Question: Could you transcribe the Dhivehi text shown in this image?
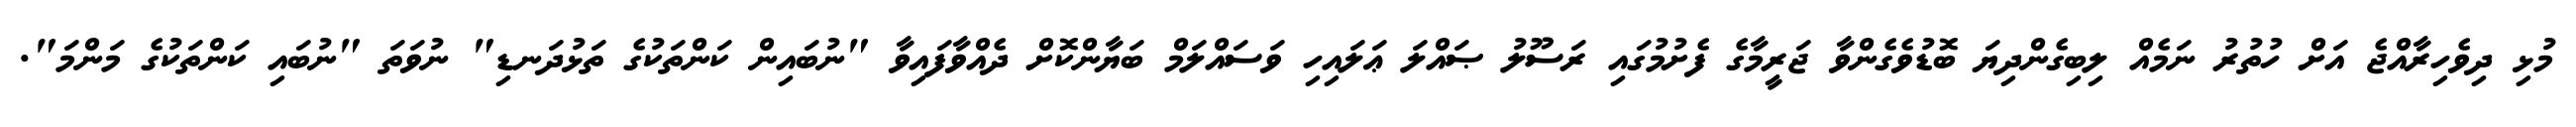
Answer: މުޅި ދިވެހިރާއްޖެ އަށް ހުތުރު ނަމެއް ލިބިގެންދިޔަ ބޮޑުވެގެންވާ ޖަރީމާގެ ފެށުމުގައި ރަސޫލު ޞައްލަ ޢަލައިހި ވަސައްލަމް ބަޔާންކޮށް ދެއްވާފައިވާ "ނުބައިން ކަންތަކުގެ ތަޅުދަނޑި" ނުވަތަ "ނުބައި ކަންތަކުގެ މަންމަ".